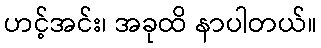
ဟင့်အင်း၊ အခုထိ နာပါတယ်။